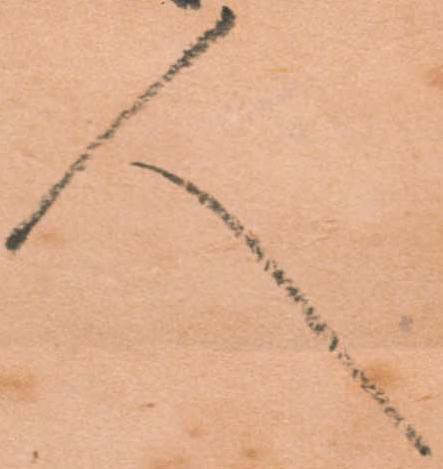
人